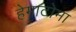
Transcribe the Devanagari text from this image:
हेमाटोमा